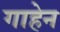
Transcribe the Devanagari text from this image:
गाहेन